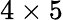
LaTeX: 4\times 5